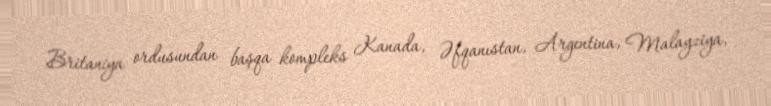
Britaniya ordusundan başqa kompleks Kanada, Əfqanıstan, Argentina, Malayziya,